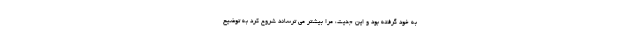
به خود گرفته بود و این جدیت، مرا بیشتر می ­ترساند شروع کرد به توضیح